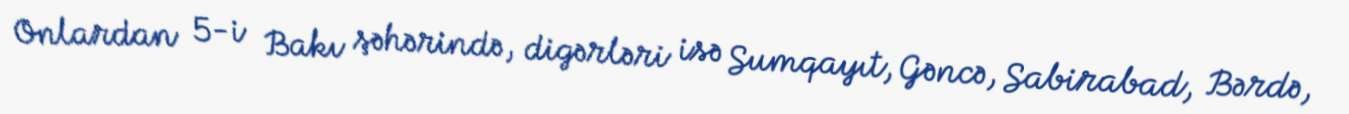
Onlardan 5-i Bakı şəhərində, digərləri isə Sumqayıt, Gəncə, Sabirabad, Bərdə,